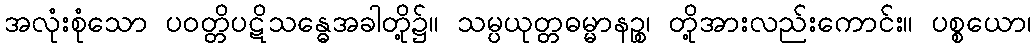
အလုံးစုံသော ပဝတ္တိပဋိသန္ဓေအခါတို့၌။ သမ္ပယုတ္တဓမ္မာနဉ္စ၊ တို့အားလည်းကောင်း။ ပစ္စယော၊